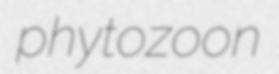
phytozoon